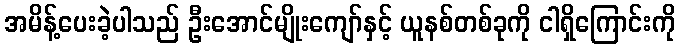
အမိန့်ပေးခဲ့ပါသည် ဦးအောင်မျိုးကျော်နှင့် ယူနစ်တစ်ခုကို ငါရှိကြောင်းကို